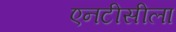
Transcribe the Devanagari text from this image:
एनटीसीला